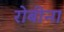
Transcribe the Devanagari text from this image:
रोबीना